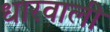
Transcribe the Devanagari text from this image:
धारवाली